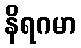
နိရဂမာ